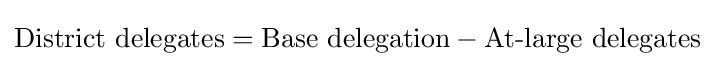
{\text{District delegates}}={\text{Base delegation}}-{\text{At-large delegates}}